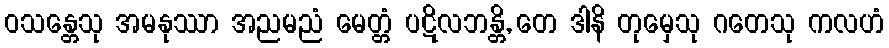
ဝသန္တေသု အမနုဿာ အညမညံ မေတ္တံ ပဋိလဘန္တိ, တေ ဒါနိ တုမှေသု ဂတေသု ကလဟံ